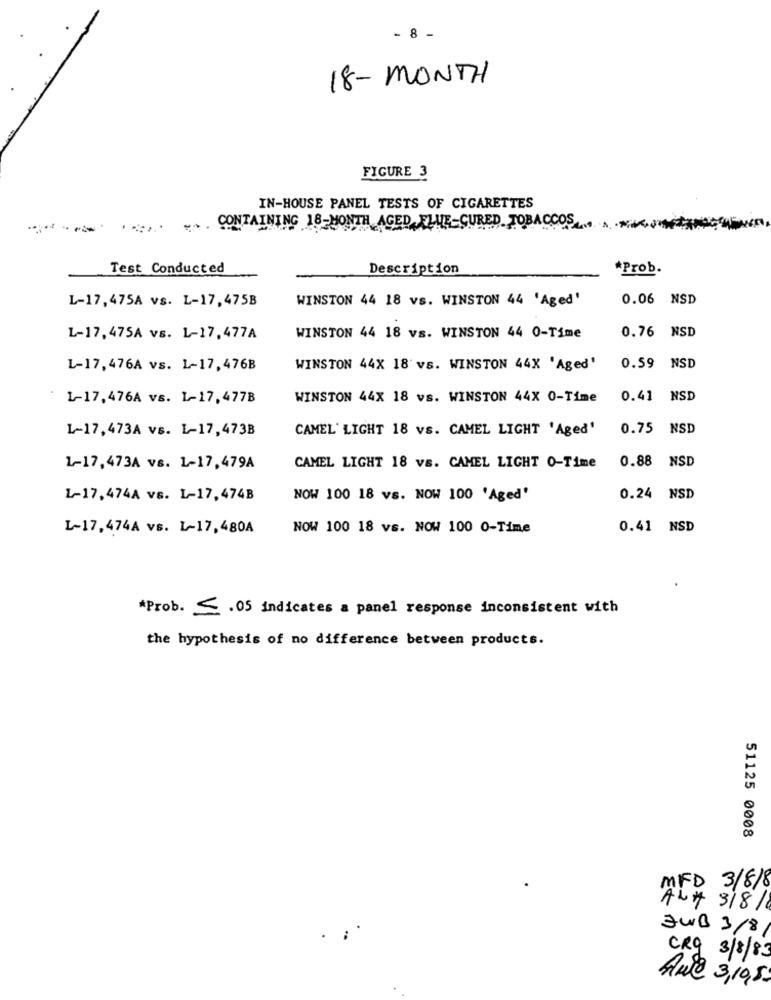
- 8 -
18- MONTH
FIGURE 3
IN-HOUSE PANEL TESTS OF CIGARETTES
CONTAINING 18-MONTH AGED ELUE-CURED TOBACCOS
Test Conducted
Description
*Prob.
L-17,475A vs. L-17,475B
WINSTON 44 18 vs. WINSTON 44 'Aged'
0.06 NSD
0.76 NSD
L-17,475A vs. L-17,477A
WINSTON 44 18 vs. WINSTON 44 0-Time
L-17,476A vs. L-17,476B
WINSTON 44X 18 vs. WINSTON 44X 'Aged'
0.59 NSD
L-17,476A vs. 1-17,477B
WINSTON 44X 18 vs. WINSTON 44X 0-Time
0.41 NSD
1-17,473A vs. L-17,473B
CAMEL' LIGHT 18 vs. CAMEL LIGHT 'Aged'
0.75 NSD
0.88 NSD
1-17,473A vs. 1-17,479A
CAMEL LIGHT 18 VS. CAMEL LIGHT O-Time
L-17,474A vs. L-17,474B
NOW 100 18 vs. NOW 100 'Aged'
0.24 NSD
L-17,474A vs. L-17,480A
NOW 100 18 vs. NOW 100 0-Time
0.41 NSD
*Prob. C .05 indicates a panel response inconsistent with
the hypothesis of no difference between products.
51125 0008
MFD 3/8/8
ALA 3/8/8
JWB 3/8/
CRg 3/8/83
Awe 3,10,50